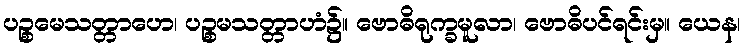
ပဉ္စမေသတ္တာဟေ၊ ပဉ္စမသတ္တာဟံ၌။ ဗောဓိရုက္ခမူလာ၊ ဗောဓိပင်ရင်းမှ။ ယေန၊